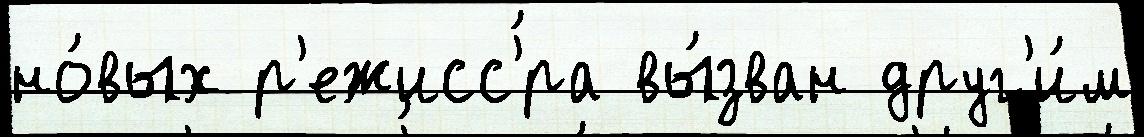
но́вых р'ежисс'́ра вы́зван друг'и́м